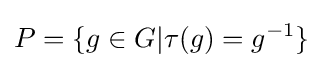
P=\{g\in G|\tau (g)=g^{-1}\}